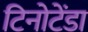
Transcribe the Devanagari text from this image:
टिनोटेंडा